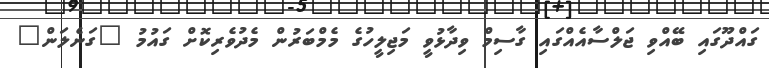
ގައްދޫގައި ބޭއްވި ޖަލްސާއެއްގައި ގާސިމް ވިދާޅުވީ މަޖިލީހުގެ މެމްބަރުން މެދުވެރިކޮށް ގައުމު "ގަނެލަން"